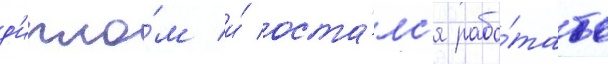
д'ипло́м и́ оста́лс'я рабо́тать